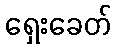
ရှေးခေတ်